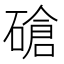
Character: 𰧕